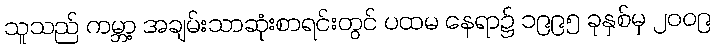
သူသည် ကမ္ဘာ့ အချမ်းသာဆုံးစာရင်းတွင် ပထမ နေရာ၌ ၁၉၉၅ ခုနှစ်မှ ၂၀၀၉